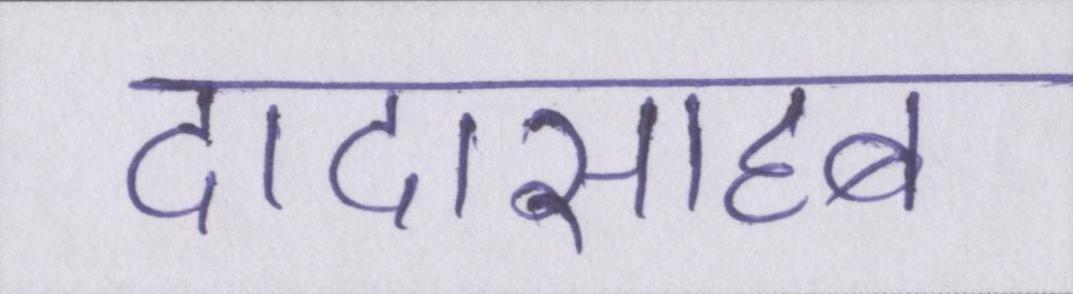
दादासाहब